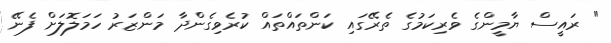
" ރައީސް ޔާމީންގެ ވެރިކަމުގެ ތެރޭގައި ކަންތައްތައް ކުރެވިގެންދާ މަންޒަރު ހަމަލޮލަށް ފެނޭ